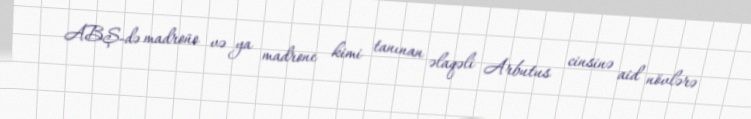
ABŞ-də madroño və ya madrone kimi tanınan əlaqəli Arbutus cinsinə aid növlərə